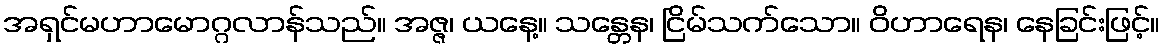
အရှင်မဟာမောဂ္ဂလာန်သည်။ အဇ္ဇ၊ ယနေ့။ သန္တေန၊ ငြိမ်သက်သော။ ဝိဟာရေန၊ နေခြင်းဖြင့်။